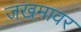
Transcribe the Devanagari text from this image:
जखमावर